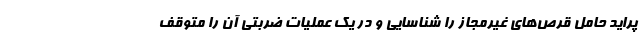
پراید حامل قرص‌های غیرمجاز را شناسایی و در یک عملیات ضربتی آن را متوقف